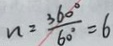
n = \frac { 3 6 0 ^ { \circ } } { 6 0 ^ { \circ } } = 6